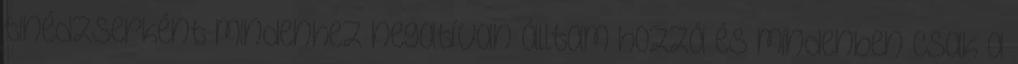
tinédzserként mindenhez negatívan álltam hozzá és mindenben csak a